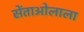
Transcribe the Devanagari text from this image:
सेंताओलाला